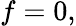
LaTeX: f=0,